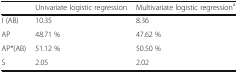
|  | Univariate logistic regression | Multivariate logistic regressiona |
 | --- | --- | --- |
 | I (AB) | 10.35 | 8.36 |
 | AP | 48.71 % | 47.62 % |
 | AP*(AB) | 51.12 % | 50.50 % |
 | S | 2.05 | 2.02 |